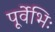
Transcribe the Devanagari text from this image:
पूर्वेभिः